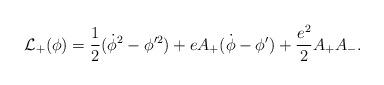
LaTeX: \begin{align*}{\cal L}_+(\phi )={1\over 2}(\dot \phi ^2-\phi '^2)+eA_+(\dot \phi - \phi ')+{{e^2}\over 2}A_+A_-.\end{align*}